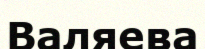
Валяева